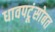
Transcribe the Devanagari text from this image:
धावपटूंसोबत